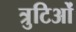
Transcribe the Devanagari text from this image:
त्रुटिओं